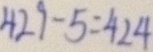
4 2 9 - 5 = 4 2 4